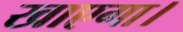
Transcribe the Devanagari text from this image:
खाएगा।